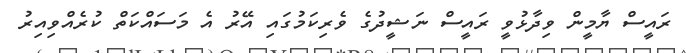
ރައީސް ޔާމީން ވިދާޅުވީ ރައީސް ނަޝީދުގެ ވެރިކަމުގައި އޭރު އެ މަސައްކަތް ކުރެއްވިއިރު